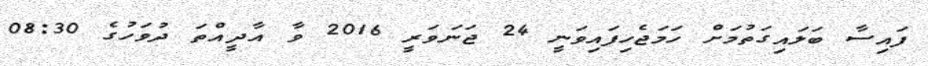
ފައިސާ ބަލައިގަތުމަށް ހަމަޖެހިފައިވަނީ 24 ޖަނަވަރީ 2016 ވާ އާދީއްތަ ދުވަހުގެ 08:30